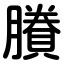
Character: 賸